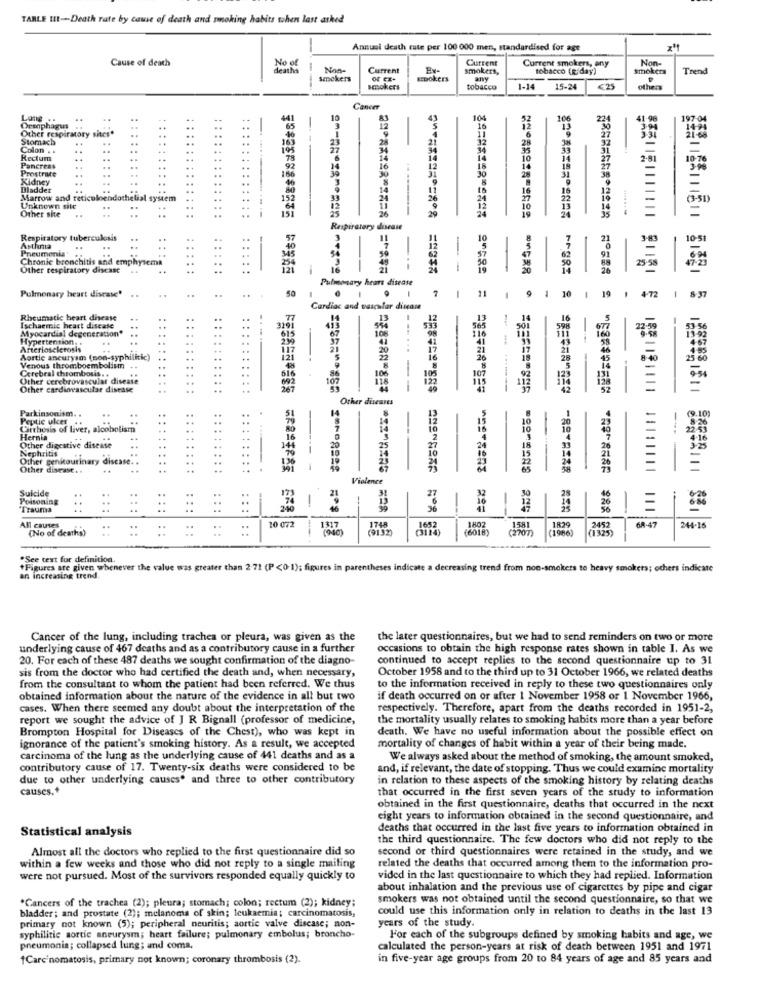
TABLE HIt -- Death rate by cause of death and smoking habits then last asked
-
Annusi death rate per 100 000 men, standardised for age
Cause of death
Current
Current smokers, any
Non-
deaths
No of
Non-
Current
smokers,
tobacco (e day)
smokers
Trend
smokers
EDOkers
any
---
smokers
tobacco
1-14
15-24
€25
others
Cancer
Lang .
10
104
106
22
41-96
Oranphagus
Other respiratory sites*
Stomach
ist
Colon . .
Rectum
2-81
Prostrate
Pancreas
Kidney
Bladder
Marrow and reticuloendothelial system
Unknown sie
..
..
25
26
---------
29
Other site
=
Respiratory disease
Respiratory tuberculosis
21
10-51
Pneumonia"
Asthma
Chronic bronchitis and emphysema
Other respiratory disease
. .
-
--
--
--
50
29-58
Pulmonary hears disease
Pulmonary heart disease'
..
50
..
7 | 11
9 1 10 1 19 1 4.72
1 8.37
Cardiac and vascular disease
Rheumatic heart disease
77
LOTE
Ischaemic heart disease
Myocardial degeneration"
615
-
Hypertension. .
2.99
Arteriosclerosis
21
Aortic aneurysm (non-syphilitic)
5
Venous thromboembolism
Cerebral chrombosis. .
Other cerebrovascular disease
692
Other cardiovascular disease
267
----- --
======= 825
152 1121111
Other diseases
51
8
Parkinsonism. .
Peptic ulcer
Cirrhosis of liver, alcoholism
86
11
Hernia
....
16
Other digestive disease
Nephritis
. .
..
141
20
Other genitourinary disease ..
.
Other disease. .
1.20
-
Violence
Suicide
28
Poisoning
13
1
10
32
26
*Trauma
.74
46
36
1317
1748
All causes
(No of deaths)
::
0 072
(6018)
1802
(1966)
1829
68-4
244-16
See text for definition.
+Figures are given whenever the value was greater than 2-72 (P<0-1); figures in parentheses indicate a decreasing trend from non-smokers to heavy smokers; others indicate
an increasing trend.
Cancer of the lung, including trachea or pleura, was given as the
the later questionnaires, but we had to send reminders on two or more
underlying cause of 467 deaths and as a contributory cause in a further
occasions to obtain the high response rates shown in table I. As we
20. For each of these 487 deaths we sought confirmation of the diagno-
continued to accept replies to the second questionnaire up to 31
sis from the doctor who had certified the death and, when necessary,
October 1958 and to the third up to 31 October 1966, we related deaths
from the consultant to whom the patient had been referred. We thus
to the information received in reply to these two questionnaires only
obtained information about the nature of the evidence in all but two
if death occurred on or after 1 November 1958 or 1 November 1966,
cases. When there seemed any doubt about the interpretation of the
respectively. Therefore, apart from the deaths recorded in 1951-2,
report we sought the advice of J R Bignall (professor of medicine,
the mortality usually relates to smoking habits more than a year before
Brompton Hospital for Diseases of the Chest), who was kept in
death. We have no useful information about the possible effect on
ignorance of the patient's smoking history. As a result, we accepted
mortality of changes of habit within a year of their being made.
carcinoma of the lung as the underlying cause of 441 deaths and as a
We always asked about the method of smoking, the amount smoked,
contributory cause of 17. Twenty-six deaths were considered to be
and, if relevant, the date of stopping. Thus we could examine mortality
due to other underlying causes. and three to other contributory
in relation to these aspects of the smoking history by relating deaths
causes.+
that occurred in the first seven years of the study to information
obtained in the first questionnaire, deaths that occurred in the next
eight years to information obtained in the second questionnaire, and
Statistical analysis
deaths that occurred in the last five years to information obtained in
the third questionnaire. The few doctors who did not reply to the
Almost all the doctors who replied to the first questionnaire did so
second or third questionnaires were retained in the study, and we
within a few weeks and those who did not reply to a single mailing
related the deaths that occurred among them to the information pro-
were not pursued. Most of the survivors responded equally quickly to
vided in the last questionnaire to which they had replied. Information
about inhalation and the previous use of cigarettes by pipe and cigar
*Cancers of the trachea (2); pleura; stomach; colon; rectum (2); kidney;
smokers was not obtained until the second questionnaire, so that we
bladder; and prostate (2); melanoma of skin; leukaemia; carcinomatosis,
could use this information only in relation to deaths in the last 13
years of the study.
primary not known (5); peripheral neuritis; aortic valve discase; non-
syphilitie aortic aneurysm; heart failure; pulmonary embolus; broncho-
For each of the subgroups defined by smoking habits and age, we
pneumonia; collapsed lung; and coma,
calculated the person-years at risk of death between 1951 and 1971
1Carcinomatosis, primary not known; coronary thrombosis (2).
in five-year age groups from 20 to 84 years of age and 85 years and